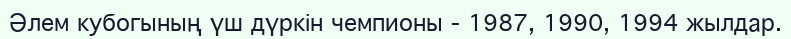
Әлем кубогының үш дүркін чемпионы - 1987, 1990, 1994 жылдар.